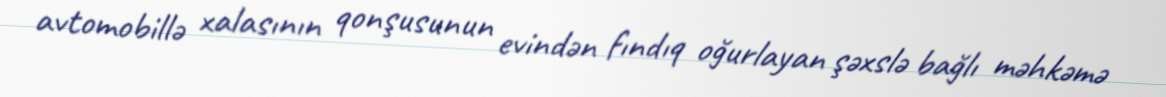
avtomobillə xalasının qonşusunun evindən fındıq oğurlayan şəxslə bağlı məhkəmə